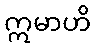
ဣမာဟိ